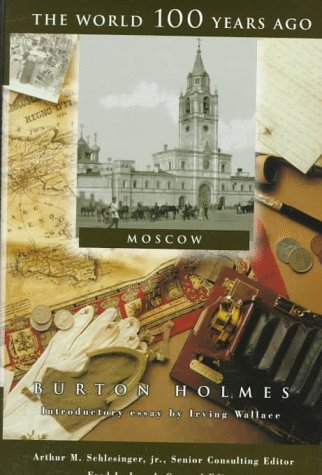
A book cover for Moscow (World 100 Years Ago); Burton Holmes; Teen & Young Adult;